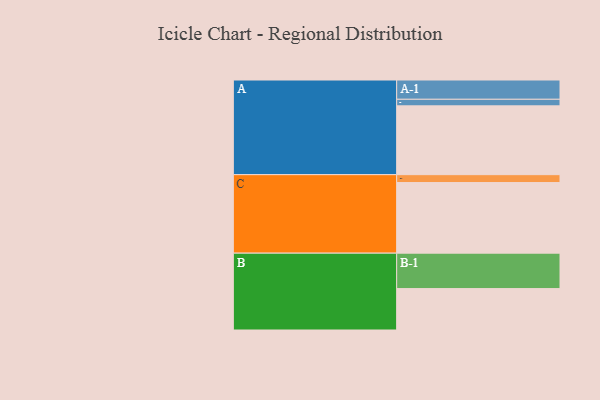
{"axis": {"x": "Segment", "y": "Value"}, "legend": ["", "A", "B", "C"], "data": [{"x": "A", "y": 575, "type": ""}, {"x": "B", "y": 346, "type": ""}, {"x": "C", "y": 590, "type": ""}, {"x": "A-1", "y": 161, "type": "A"}, {"x": "A-2", "y": 55, "type": "A"}, {"x": "B-1", "y": 296, "type": "B"}, {"x": "C-1", "y": 66, "type": "C"}]}